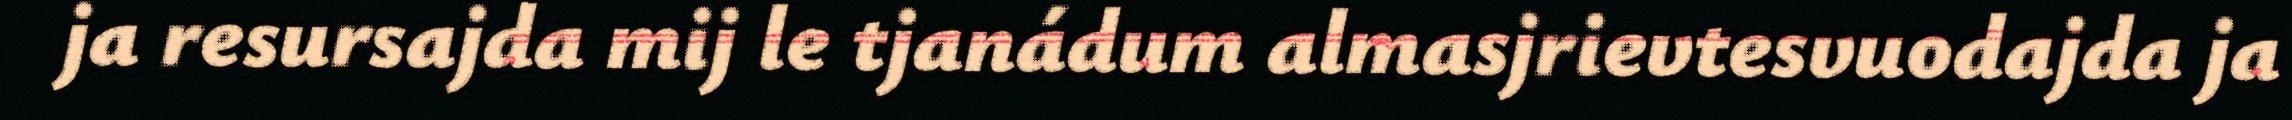
ja resursajda mij le tjanádum almasjrievtesvuodajda ja